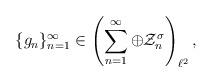
LaTeX: \begin{align*}\{g_{n}\}_{n=1}^{\infty} \in\left(\sum_{n=1}^{\infty}\oplus \mathcal{Z}_{n}^{\sigma}\right)_{\ell^{2}},\end{align*}